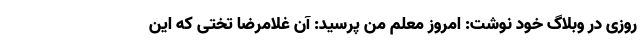
روزی در وبلاگ خود نوشت: امروز معلم من پرسید: آن غلامرضا تختی که این